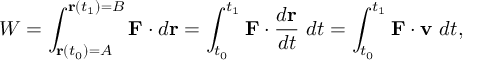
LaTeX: W = \int _ { \mathbf { r } ( t _ { 0 } ) = A } ^ { \mathbf { r } ( t _ { 1 } ) = B } \mathbf { F } \cdot d \mathbf { r } = \int _ { t _ { 0 } } ^ { t _ { 1 } } \mathbf { F } \cdot { \frac { d \mathbf { r } } { d t } } ~ d t = \int _ { t _ { 0 } } ^ { t _ { 1 } } \mathbf { F } \cdot \mathbf { v } ~ d t ,